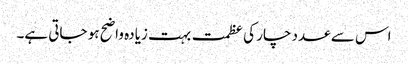
اس سے عدد چار کی عظمت بہت زیادہ واضح ہو جاتی ہے۔